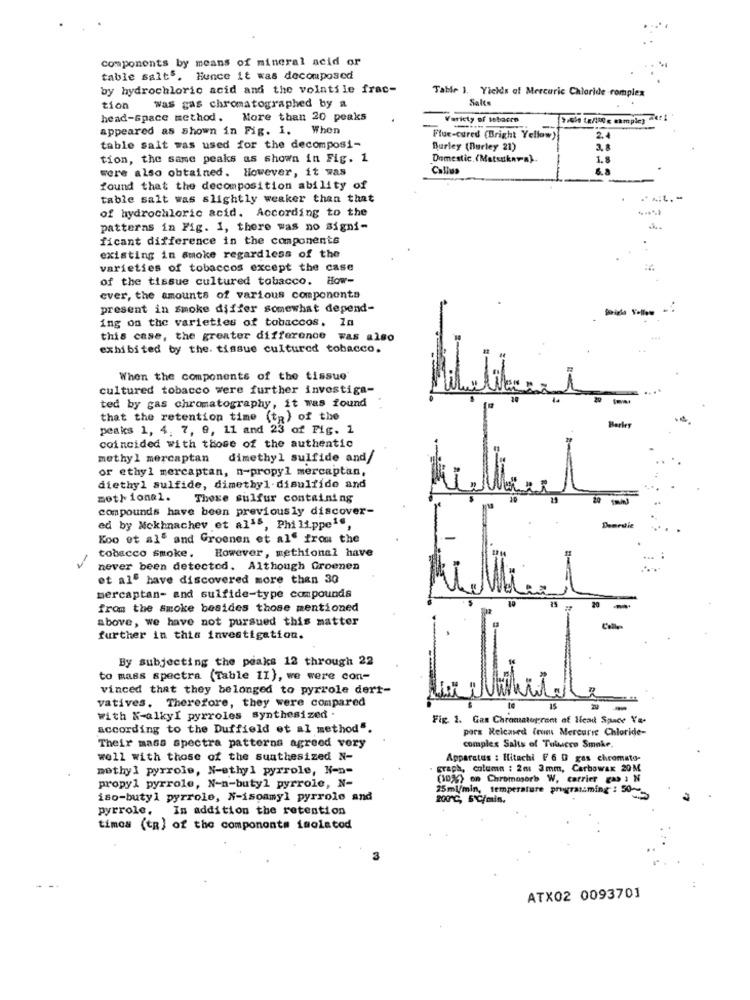
components by means of mineral acid or
table salt5. Hunce it was decomposed
by hydrochloric acid and the volatile frac-
Table 1. Yichdis of Mercuric Chloride complex
Salt
tion
Was gas chromatographed by a
head-space method. More than 20 peaks
ericty of tobacco
9.0ie te/180 € eample3 64:
appeared as shown in Fig. i. When
Flue-cured (Bright Yellow)
table salt was used for the decomposi-
Burley (Burley 21)
tion, the same peaks as shown in Fig. 1
Domestic. (Matsukara).
were also obtained. However, it was
Callus
found that the decomposition ability of
table salt was slightly weaker than that
of hydrochloric acid. According to the
patterns in Fig. I, there was no signi-
ficant difference in the components
existing in smoke regardless of the
varieties of tobaccos except the case
of the tissue cultured tobacco. How-
ever, the amounts of various components
present in smoke differ somewhat depend-
ing on the varieties of tobaccos. In
this case, the greater difference was also
exhibited by the. tissue cultured tobacco.
When the components of the tissue
cultured tobacco were further investiga-
ted by gas chromatography, it was found
that the retention time (tp) of the
peaks 1, 4, 7, 9, 11 and 23 of Fig. 1
Barley
coincided with those of the authentic
methyl mercaptan
dimethyl sulfide and/
or ethyl mercaptan, n-propyl mercaptan,
diethyl sulfide, dimethyl disulfide and
mot) ional. Those sulfur containing
compounds have been previously discover-
ed by Mokhnachev et al's, Philippe1",
Koo et al" and Groenen et al" from the
However, methional have
-
tobacco smoke.
never been detected. Although Groenen
et al. have discovered more than 30
mercaptan- and sulfide-type compounds
from the smoke besides those mentioned
above, we have not pursued this matter
further in this investigation.
By subjecting the peaks 12 through 22
to mass spectra (Table 11), we were con-
vinced that they belonged to pyrrole dert-
vatives. Therefore, they were compared
24
-
with N-alkyI pyrroles synthesized .
Fig. 1. Gas Chromatogrant of Head Space Yo-
according to the Duffield et al method".
pors Released (rum Mercaric Chloride-
Their mass spectra patterns agreed very
complex Salts of Tulucro Smoke.
well with those of the sunthesized N-
Apparatus : Hitachi F 6 D gas chromato-
methyl pyrrole, N-ethyl pyrrole, N-n-
graph, column : 2m 3mm, Carbowax 20M
(10%) on Chromosorb W. carrier gap a N
propyl pyrrole, N-n-butyl pyrrole, N-
25ml/min, temperature programming : 50-
iso-butyl pyrrole, N-isoamyl pyrrolo and
200℃, 5'℃/min.
pyrrole. In addition the retention
timos (ta) of the components imolatod
ATX02 0093701